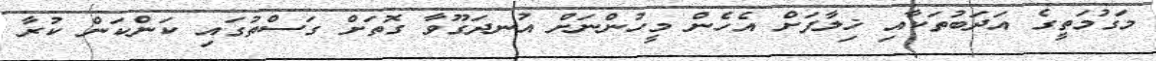
މަގުމަތީގެ އަދަބުތަކާއި ޚިލާފަށް އެހެން މީހުންނަށް އުނދަގޫވާ ގޮތަށް ގަސްތުގައި ކަންކަން ކުރާ